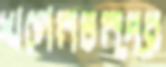
খগেনচন্দ্র